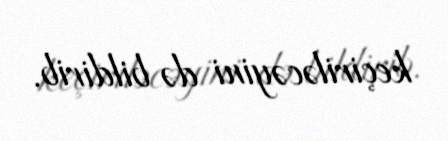
keçiriləcəyini də bildirib.